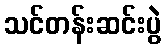
သင်တန်းဆင်းပွဲ